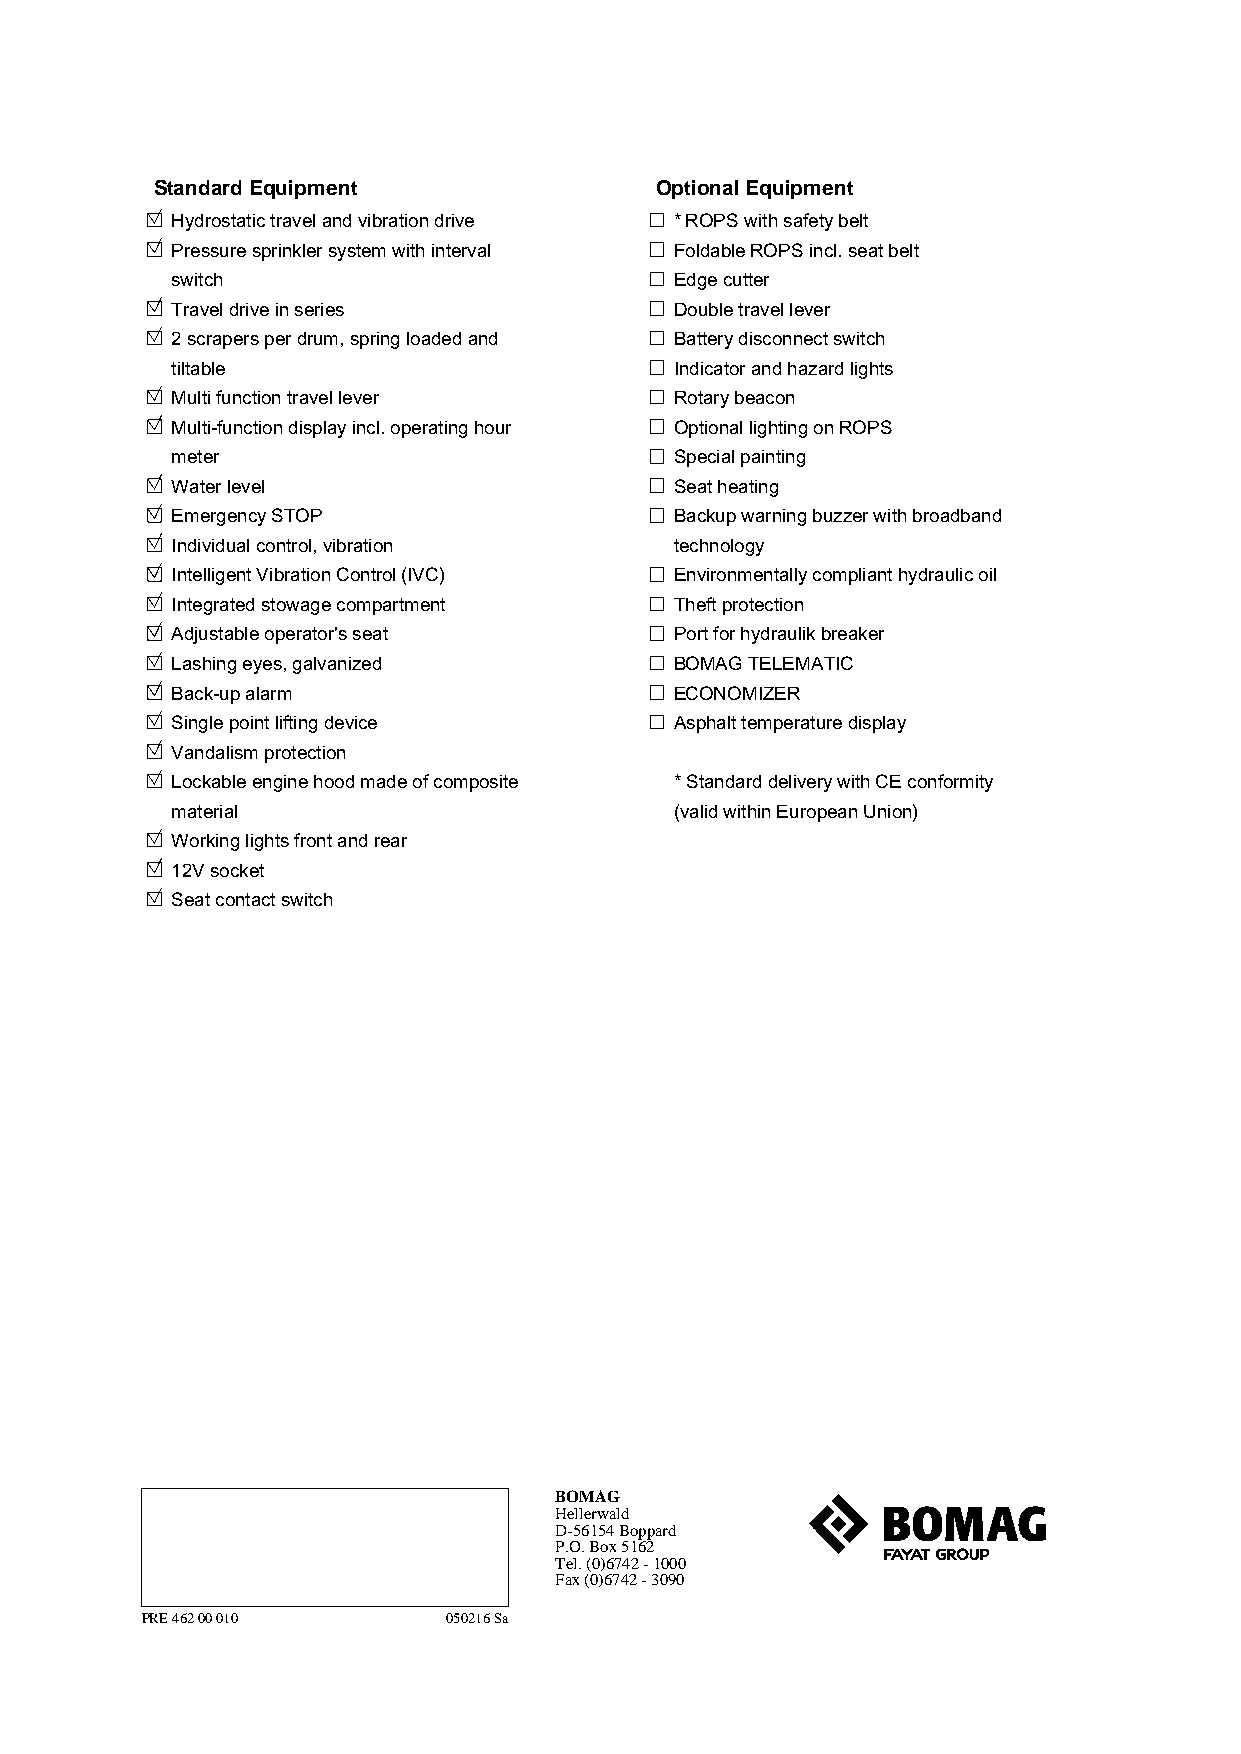
Standard Equipment               Optional Equipment
 Hydrostatic travel and vibration drive * ROPS with safety belt
 Pressure sprinkler system with interval Foldable ROPS incl. seat belt
 switch                            Edge cutter
 Travel drive in series            Double travel lever
 2 scrapers per drum, spring loaded and Battery disconnect switch
 tiltable                          Indicator and hazard lights
 Multi function travel lever       Rotary beacon
 Multi-function display incl. operating hour Optional lighting on ROPS
 meter                             Special painting
 Water level                       Seat heating
 Emergency STOP                    Backup warning buzzer with broadband
 Individual control, vibration     technology
 Intelligent Vibration Control (IVC) Environmentally compliant hydraulic oil
 Integrated stowage compartment    Theft protection
 Adjustable operator's seat        Port for hydraulik breaker
 Lashing eyes, galvanized          BOMAG TELEMATIC
 Back-up alarm                     ECONOMIZER
 Single point lifting device       Asphalt temperature display
 Vandalism protection
 Lockable engine hood made of composite * Standard delivery with CE conformity
 material                          (valid within European Union)
 Working lights front and rear
 12V socket
 Seat contact switch
 BOMAG
 Hellerwald
 D-56154 Boppard
 P.O. Box 5162
 Tel. (0)6742 - 1000
 Fax (0)6742 - 3090
 PRE 462 00 010       050216 Sa